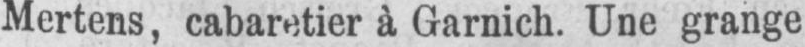
Mertens, cabaretier à Garnich. Une grange